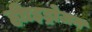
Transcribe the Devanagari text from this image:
हीाइड्रोजन